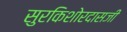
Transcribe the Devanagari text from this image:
सुरकिशोरदासजी